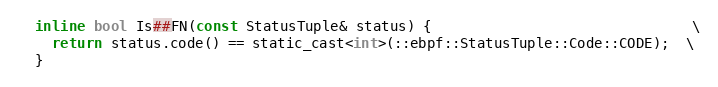
Language: C
  inline bool Is##FN(const StatusTuple& status) {                               \
    return status.code() == static_cast<int>(::ebpf::StatusTuple::Code::CODE);  \
  }